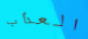
العذاب